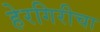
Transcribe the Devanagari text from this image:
हेरगिरीचा